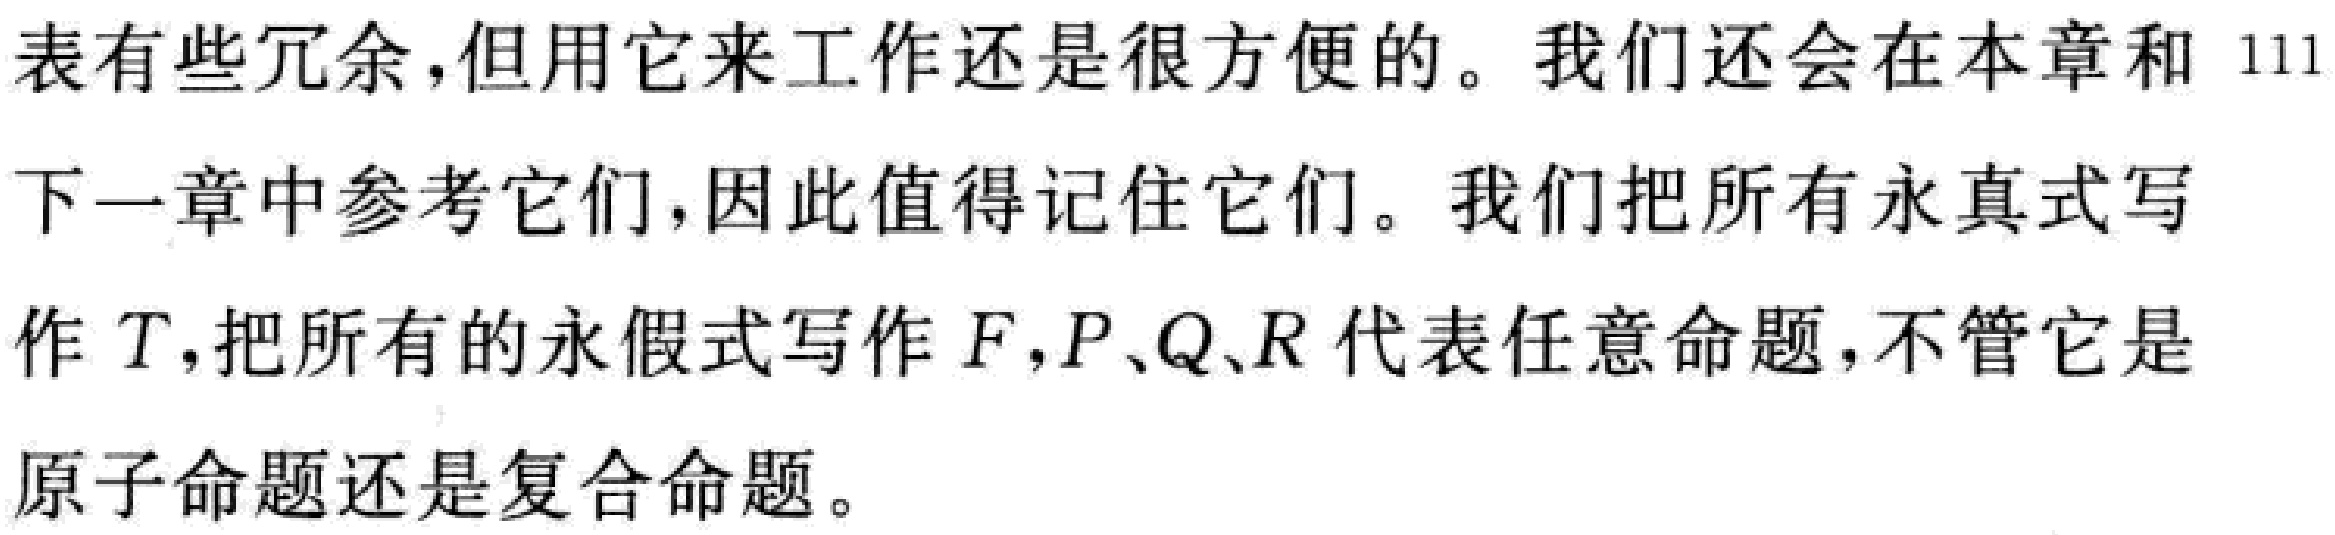
表有些冗余,但用它来工作还是很方便的。我们还会在本章和 111下一章中参考它们,因此值得记住它们。我们把所有永真式写作 \(T\),把所有的永假式写作 \(F\),\(P、Q、R\) 代表任意命题,不管它是原子命题还是复合命题。